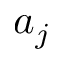
a _ { j }